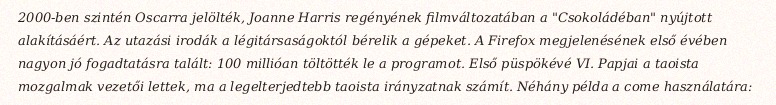
2000-ben szintén Oscarra jelölték, Joanne Harris regényének filmváltozatában a "Csokoládéban" nyújtott alakításáért. Az utazási irodák a légitársaságoktól bérelik a gépeket. A Firefox megjelenésének első évében nagyon jó fogadtatásra talált: 100 millióan töltötték le a programot. Első püspökévé VI. Papjai a taoista mozgalmak vezetői lettek, ma a legelterjedtebb taoista irányzatnak számít. Néhány példa a come használatára: